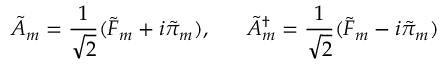
\tilde { A } _ { m } = \frac { 1 } { \sqrt 2 } ( \tilde { F } _ { m } + i \tilde { \pi } _ { m } ) , \; \; \; \; \; \; \tilde { A } _ { m } ^ { \dagger } = \frac { 1 } { \sqrt 2 } ( \tilde { F } _ { m } - i \tilde { \pi } _ { m } )